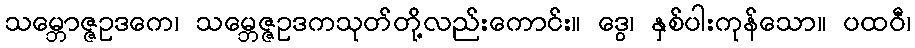
သမ္ဘောဇ္ဇဥဒကေ၊ သမ္ဘေဇ္ဇဥဒကသုတ်တို့လည်းကောင်း။ ဒွေ၊ နှစ်ပါးကုန်သော။ ပထဝီ၊